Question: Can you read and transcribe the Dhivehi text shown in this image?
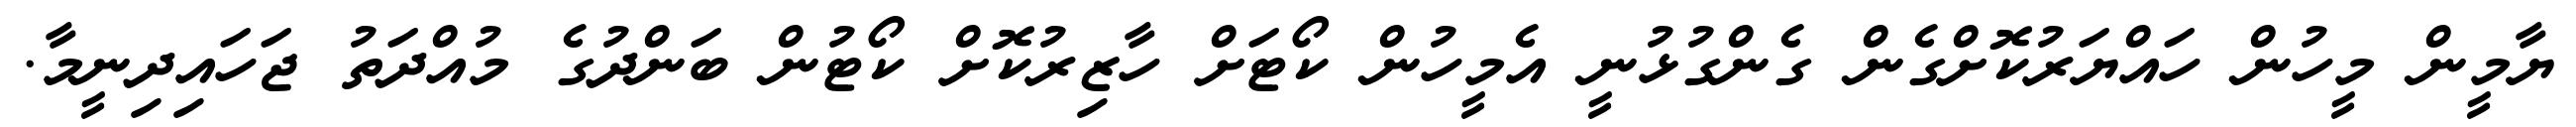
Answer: ޔާމީން މީހުން ހައްޔަރުކޮށްގެން ގެންގުޅުނީ އެމީހުން ކޯޓަށް ހާޒިރުކޮށް ކޯޓުން ބަންދުގެ މުއްދަތު ޖަހައިދިނީމާ.